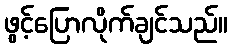
ဖွင့်ပြောလိုက်ချင်သည်။